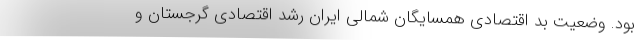
بود. وضعیت بد اقتصادی همسایگان شمالی ایران رشد اقتصادی گرجستان و